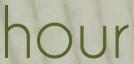
hour